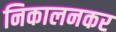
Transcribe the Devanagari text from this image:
निकालनकर